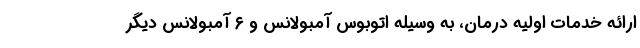
ارائه خدمات اولیه درمان، به وسیله اتوبوس آمبولانس و ۶ آمبولانس دیگر